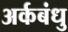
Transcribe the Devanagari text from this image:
अर्कबंधु